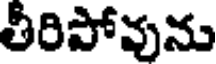
తీరిపోవును